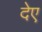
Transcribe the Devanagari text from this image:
देए